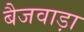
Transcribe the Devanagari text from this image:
बैजवाड़ा